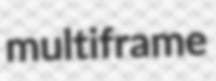
multiframe